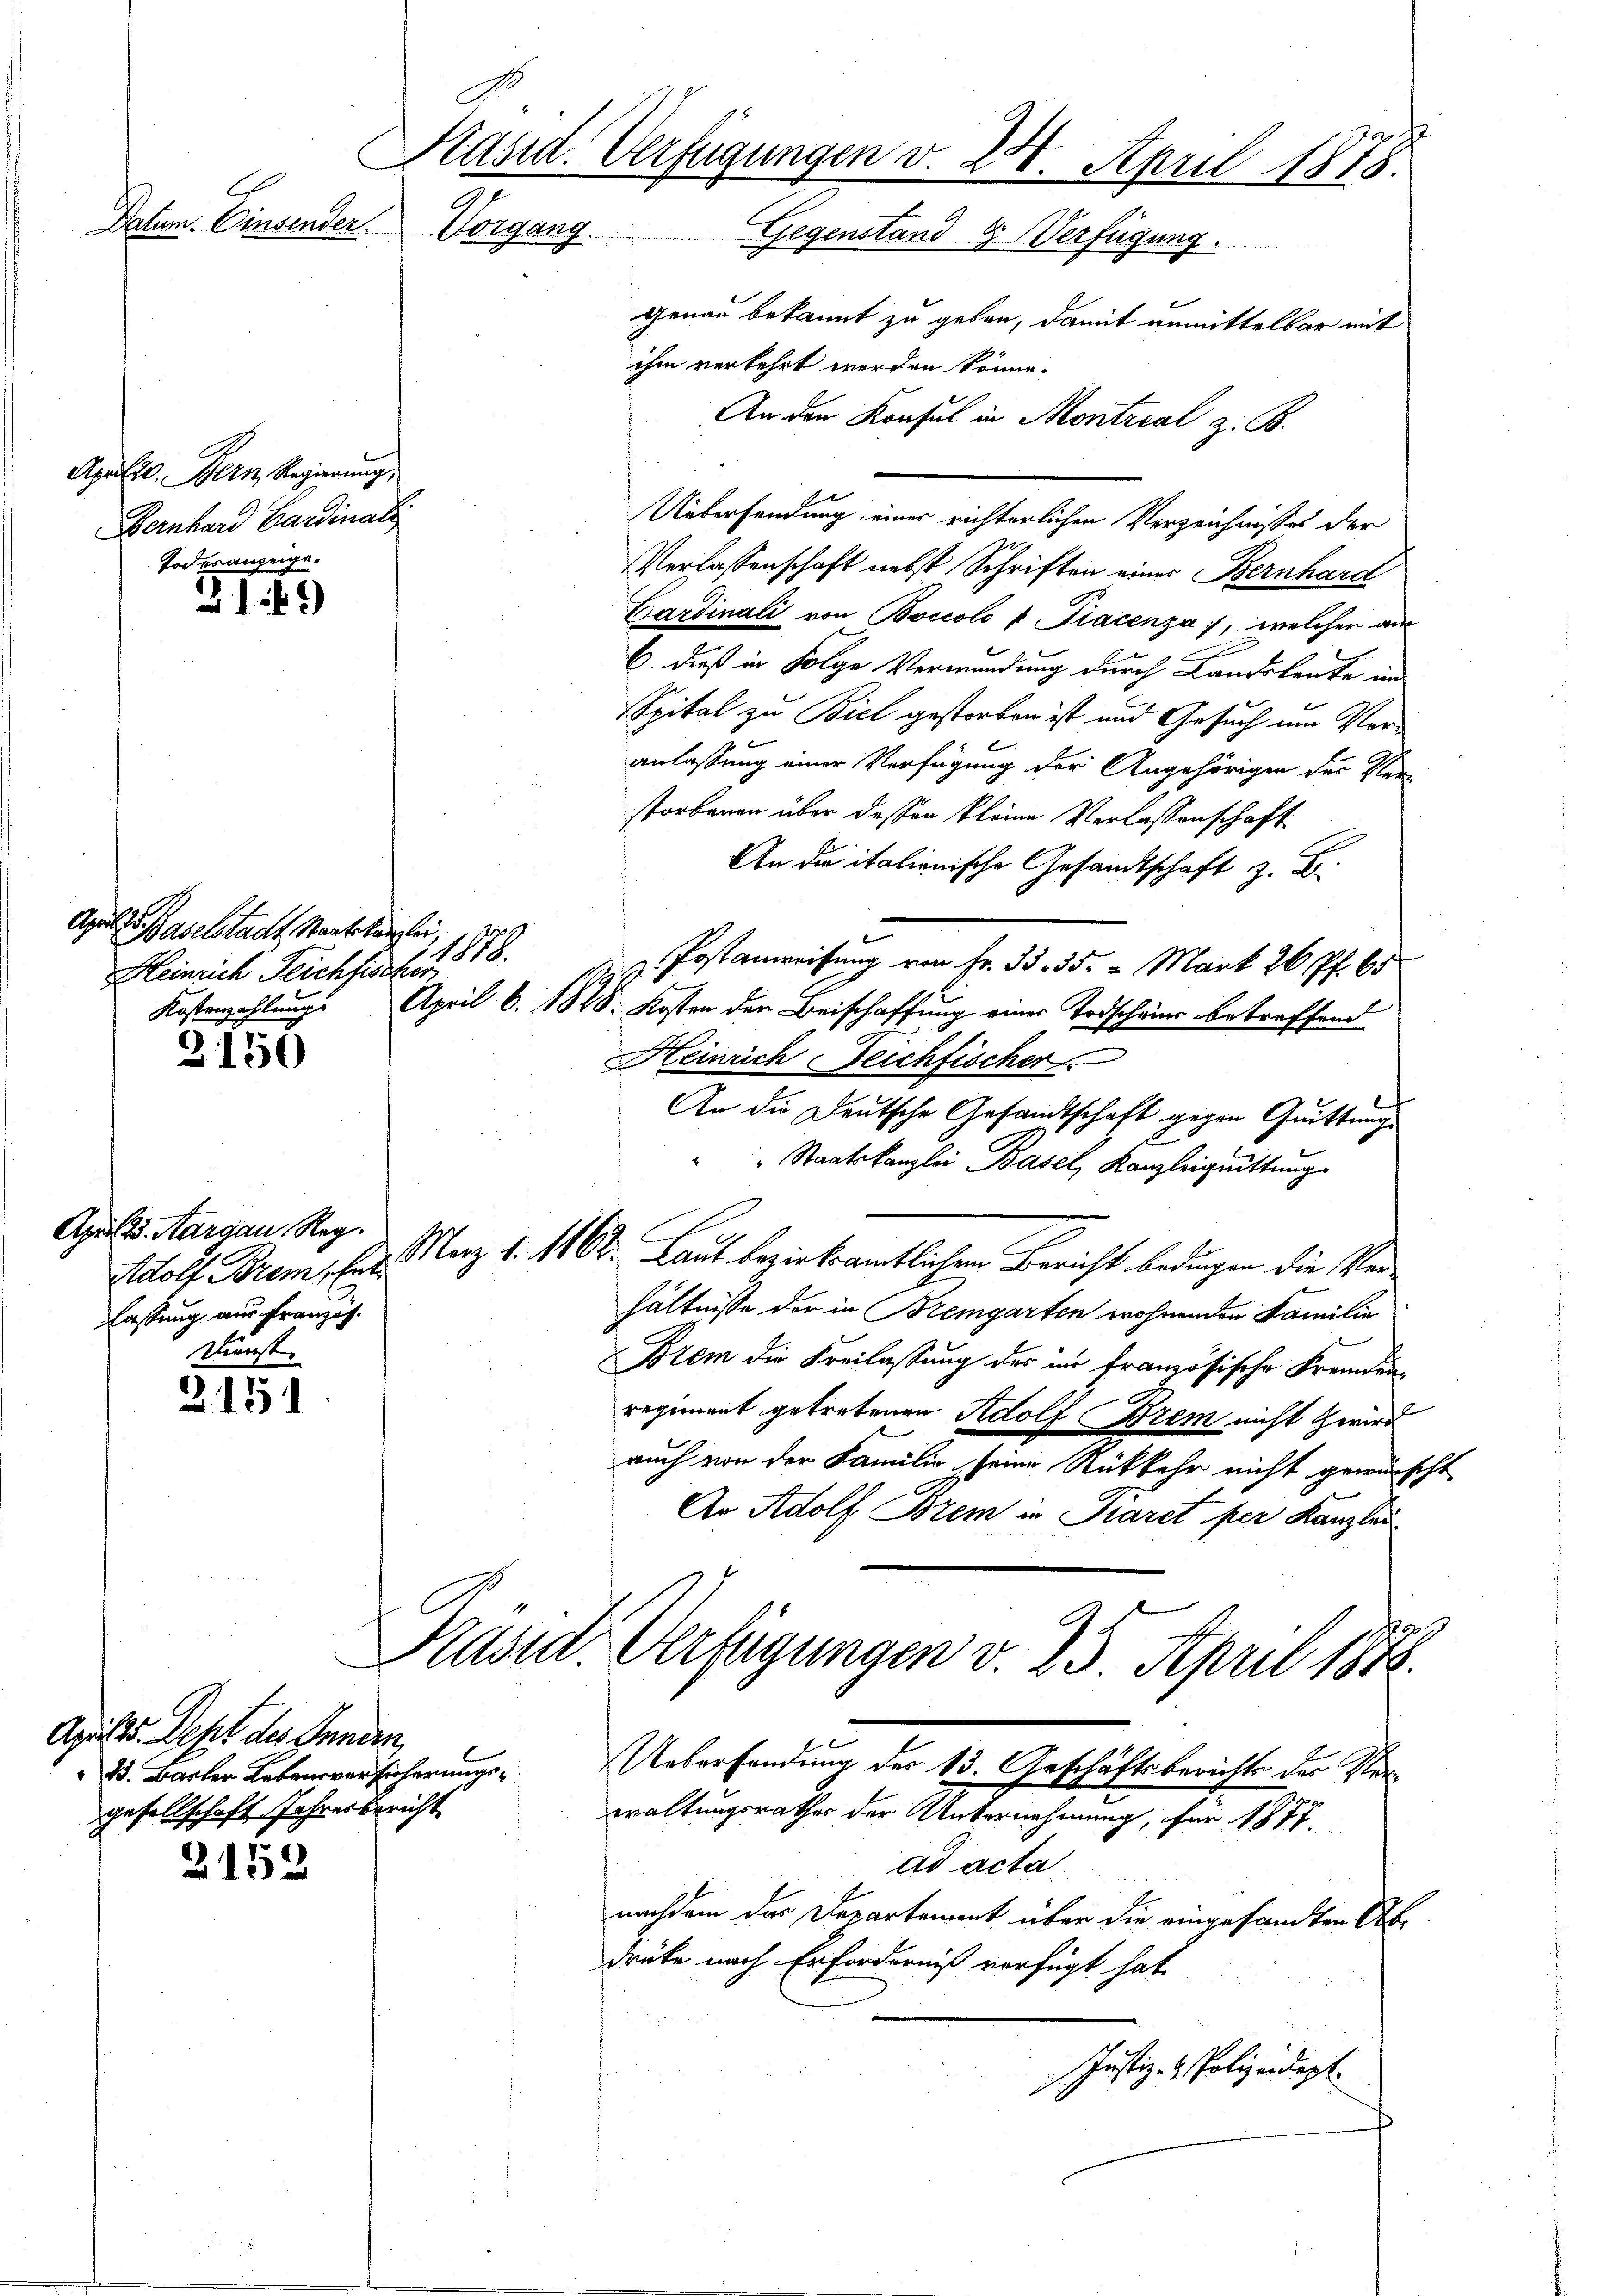
Datum. Einsender.

Aprille. Bern Regierung,
Bernhard Gardinal
Todesanzeige.

April
Baselstadt Staatskanzlei,
1878.
Heinrich Teichfischer

April 25. Margau, Reg.
lassung aus Franzos
Dienst. |

2149)

2150

2151

April. Dept des Innern
13. Barter Lebensversicherungsgesellschaft Jahresbericht

2154

Präsid. Verfügungen v. 24. April 1875.
Vorgang.
Gegenstand & Verfügung.

genau bekannt zu geben, damit unmittelbar mit
ihm verkehrt werden könne.
An den Konsul in Montreal z. B.
Uebersendung einer richterlichen Verzeichnisses der
Verlassenschaft nebst Schriften einer Bernhard
Gardinali von Boccolo s Piacenza , welcher aus
6. dieß in Folge Verwundung durch Landolente im
Spital zu Biel gestorben ist und Gesuch um Veranlassung einer Verfügung der Angehörigen der Ver
storbenen über dessen kleine Verlassenschaft
An die italienische Gesandtschaft z. B.
u
Postanweisung von Fr. 33. 35. - Mark 26 Pf. 65
Kostenzahlung. April 6. 1828. Kosten der Beischaffung einer Todschains betreffend
Heinrich Deichfischer
An die Deutsche Gesandtschaft gegen Quittung
" Staatskanzlei Basel, Kanzleiguittung
dolf Brem, lt. März 1. 1168. Laut bezirksamtlichen Bericht bedungen die Verhältnisse der in Bremgarten wohnenden Familie
Prem die Freilassung des in französische Fremdenregiment getretenen Adolf Brem nicht zwird
auch von der Familie seine Rückkehr nicht gewünscht
Ar Adolf Brem in Paret per Kanzlei
Präsid. Verfügungen v. 25. April 1878.
Uebersendung des 13. Geschäftsberichts der Verwaltungsrathes der Unternehmung, für 1877.
ad acta.
nachdem das Departement über die eingesandten Obe
drüke nach Erforderniß verfügt hat.
Justiz- & Polizeidigt